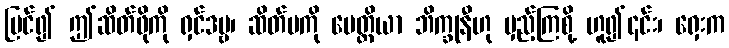
မြင်၍ ဤဆိတ်ဖိုကို ရှင်ဒဗ္ဗ၊ ဆိတ်မကို မေတ္တိယာ ဘိက္ခုနီဟု မှည့်ကြစို့ ဟူ၍၎င်း၊ ရှေးက